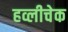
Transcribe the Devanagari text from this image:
हव्लीचेक